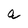
Character: a